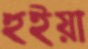
হুইয়া